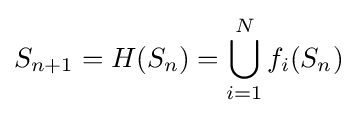
S_{n+1}=H(S_{n})=\bigcup _{i=1}^{N}f_{i}(S_{n})